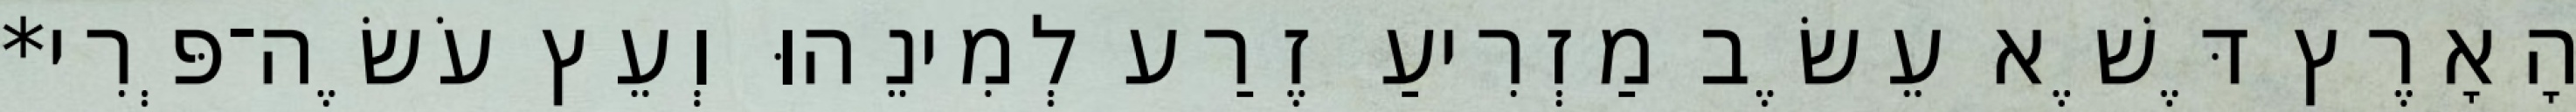
הָאָרֶץ דֶּשֶׁא עֵשֶׂב מַזְרִיעַ זֶרַע לְמִינֵהוּ וְעֵץ עֹשֶׂה־פְּרִי*